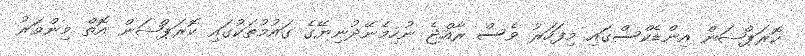
ކޮރަޕްޝަން އިންޑެކްސްގައި މިފަހަރު ވެސް ރާއްޖެ ނުހިމެނޭދުނިޔޭގެ ގައުމުތަކުގައި ކޮރަޕްޝަން އޮތް މިންވަރު